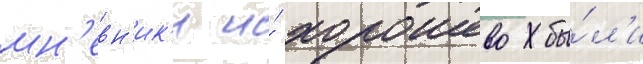
мн'евн'ик'и и́ хорошево бы́л'и